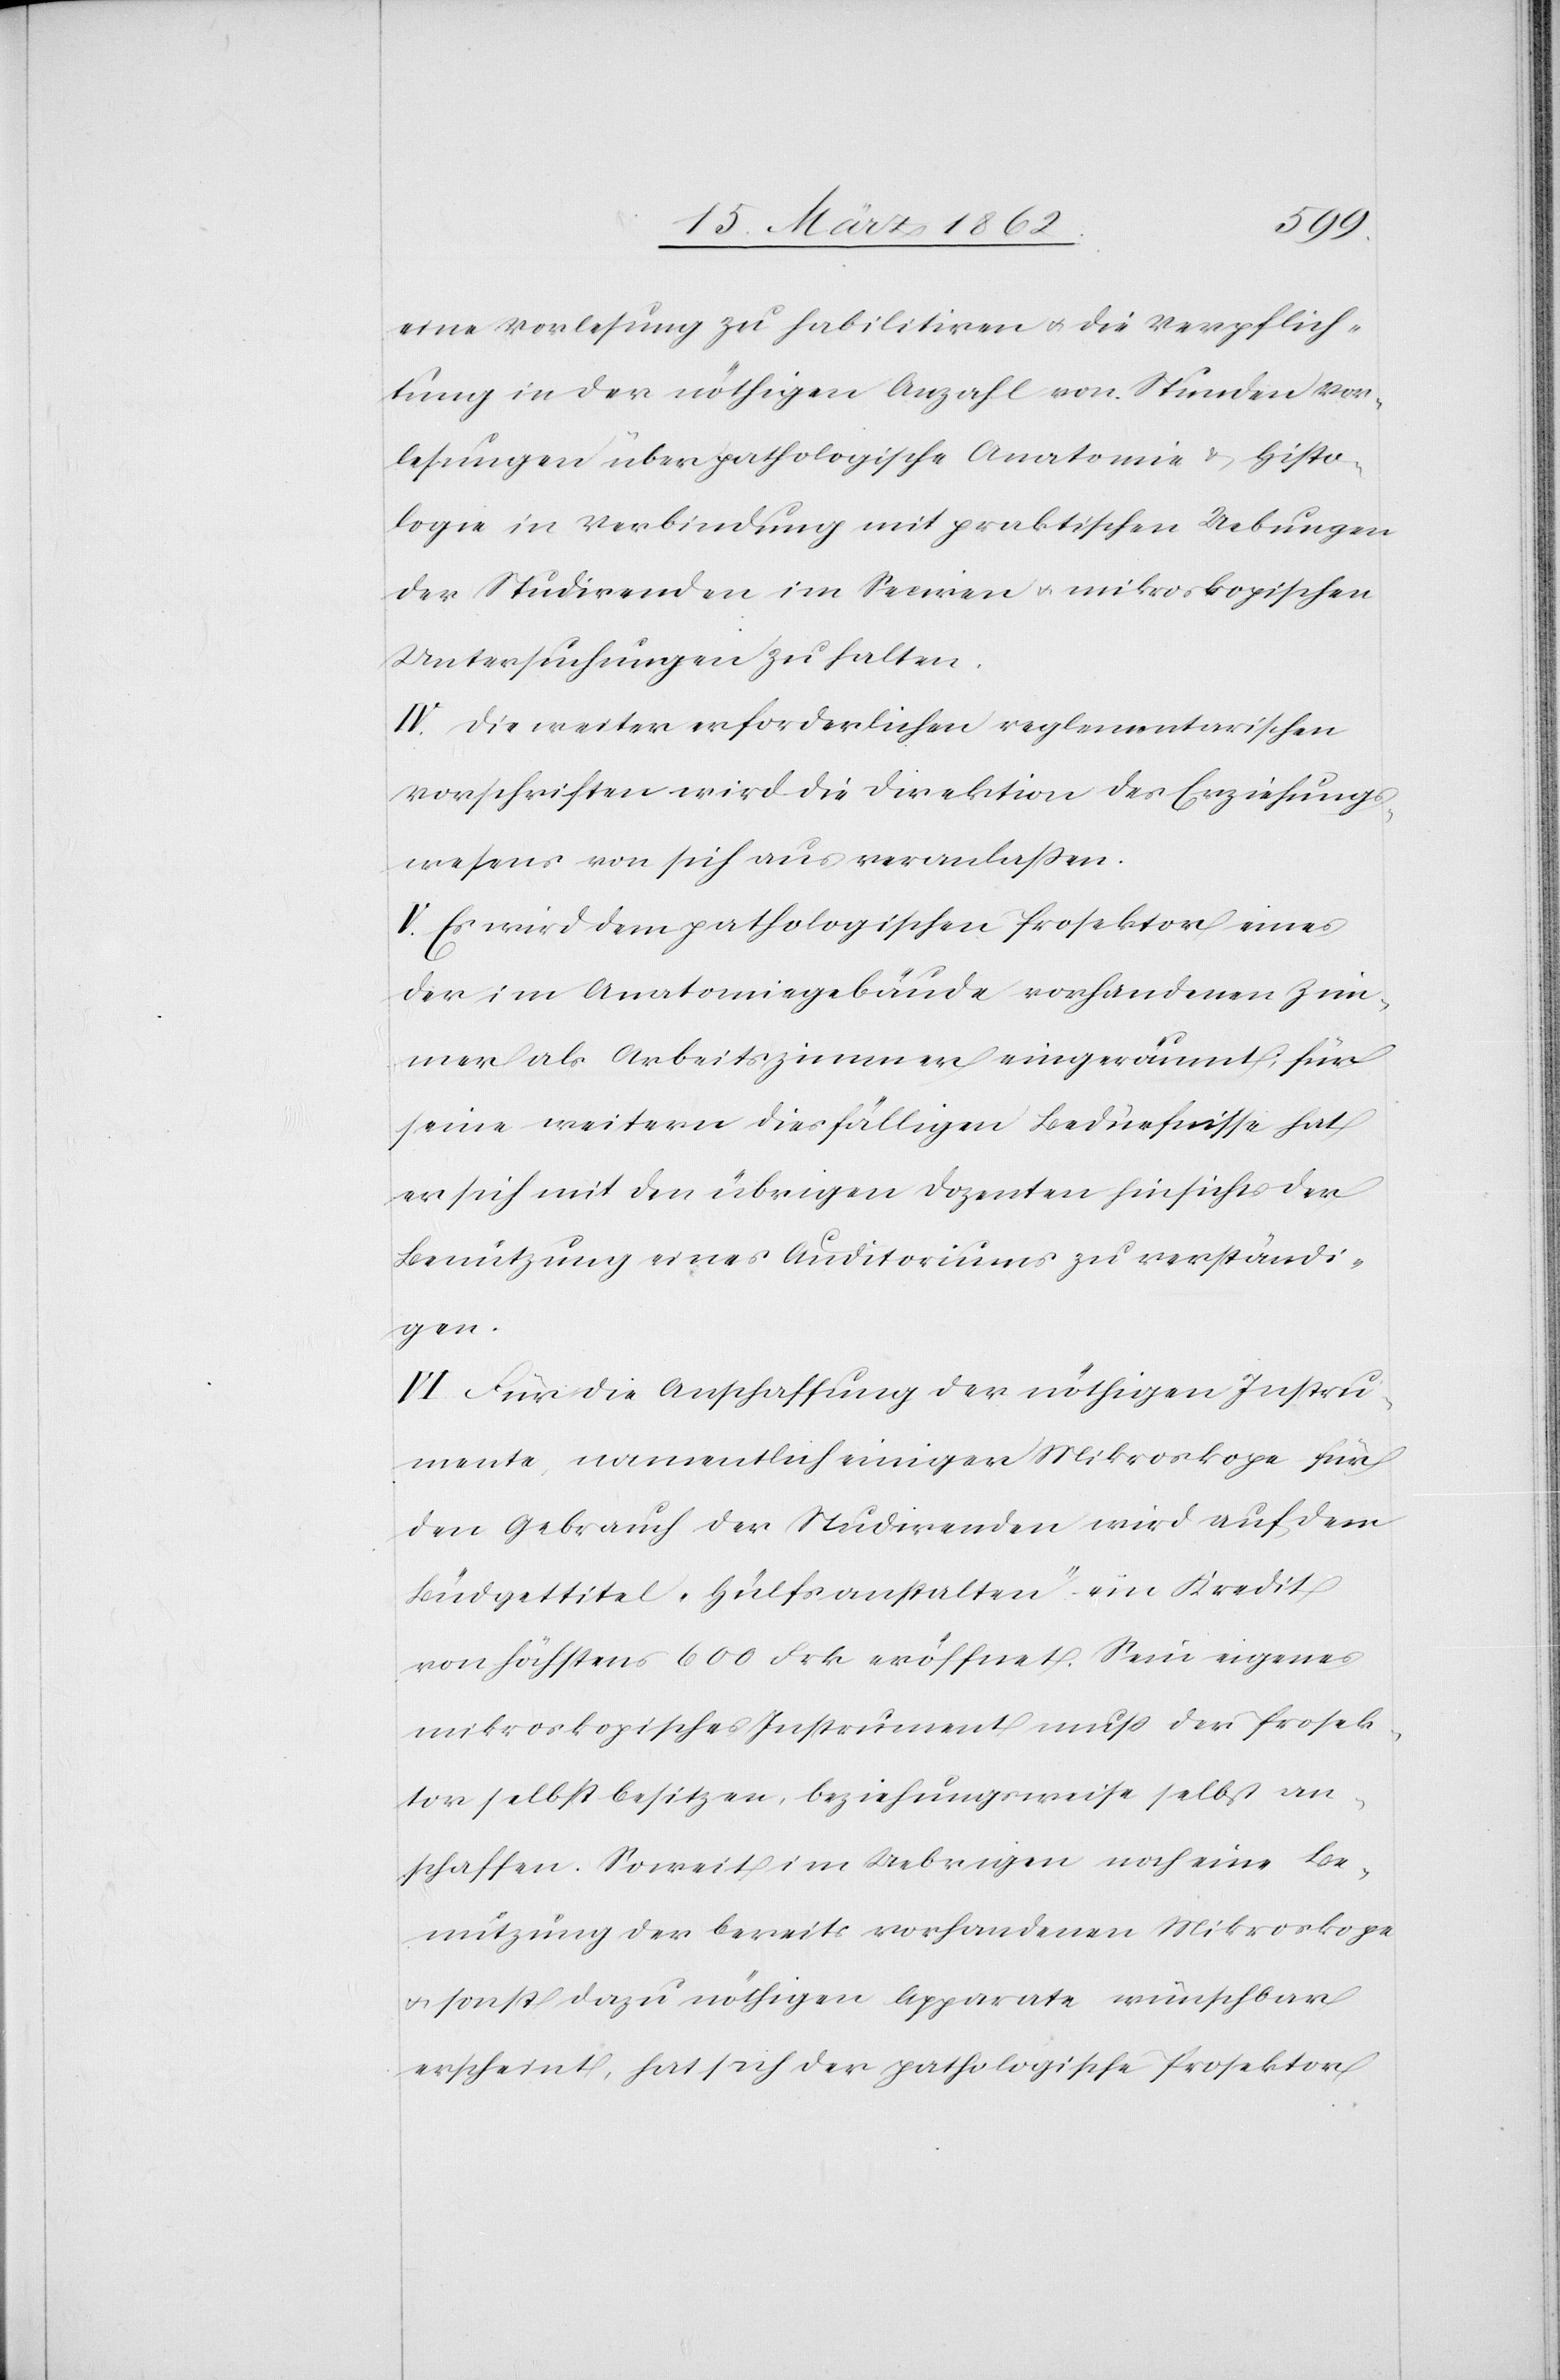
eine Vorlesung zu habilitiren u. die Verpflich¬
tung in der nöthigen Anzahl von Stunden Vor¬
lesungen über pathologische Anatomie & Histo¬
logie in Verbindung mit praktischen Uebungen
der Studirenden im Seciren u. mikroskopischen
Untersuchungen zu halten.
IV. Die weiter erforderlichen reglementarischen
Vorschriften wird die Direktion des Erziehungs¬
wesens von sich aus veranlaßen.
V. Es wird dem pathologischen Prosektor eines
der im Anatomiegebäude vorhandenen Zim¬
mer als Arbeitszimmer eingeräumt, für
seine weitern diesfälligen Bedürfnisse hat
er sich mit den übrigen Dozenten hinsichts der
Benützung eines Auditoriums zu verständi¬
gen.
VI. Für die Anschaffung der nöthigen Instru¬
mente, namentlich einiger Mikroskope für
den Gebrauch der Studirenden wird auf dem
Büdgettitel „Hülfsanstalten“ ein Kredit
von höchstens 600 Frk eröffnet. Sein eigenes
mikroskopisches Instrument muß der Prosek¬
tor selbst besitzen, beziehungsweise selbst an¬
schaffen. Soweit im Uebrigen noch eine Be¬
nutzung der bereits vorhandenen Mikroskope
u. sonst dazu nöthigen Apparate wünschbar
erscheint, hat sich der pathologische Prosektor